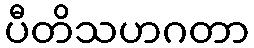
ပီတိသဟဂတာ